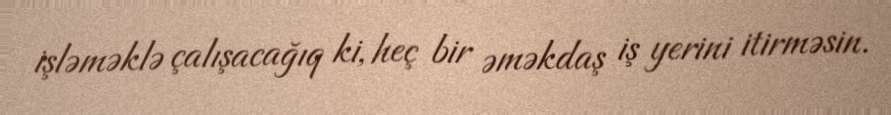
işləməklə çalışacağıq ki, heç bir əməkdaş iş yerini itirməsin.